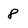
Character: 8